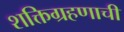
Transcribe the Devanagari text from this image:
शक्तिग्रहणाची